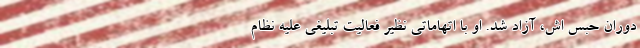
دوران حبس اش، آزاد شد. او با اتهاماتی نظیر فعالیت تبلیغی علیه نظام